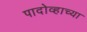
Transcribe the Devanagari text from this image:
पादोव्हाच्या